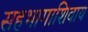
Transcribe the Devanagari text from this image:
सहभागाशिवाय